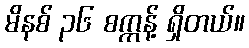
မိနစ် ၃၆ စက္ကန့် ရှိတယ်။